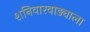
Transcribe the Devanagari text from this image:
शनिवारवाड्याला